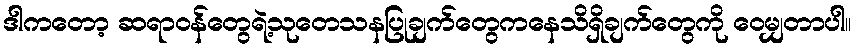
ဒါကတော့ ဆရာဝန်တွေရဲ့သုတေသနပြုချက်တွေကနေသိရှိချက်တွေကို ဝေမျှတာပါ။